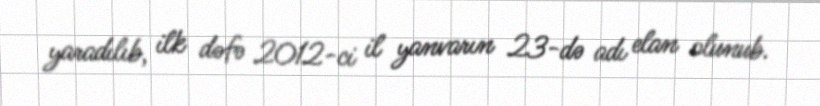
yaradılıb, ilk dəfə 2012-ci il yanvarın 23-də adı elan olunub.